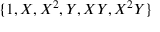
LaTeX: \{ 1 , X , X ^ { 2 } , Y , X Y , X ^ { 2 } Y \}